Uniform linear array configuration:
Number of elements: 64
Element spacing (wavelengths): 0.5
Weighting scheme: blackman
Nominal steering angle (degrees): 0
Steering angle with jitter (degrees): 1.902
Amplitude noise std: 0.05
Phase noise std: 0.05

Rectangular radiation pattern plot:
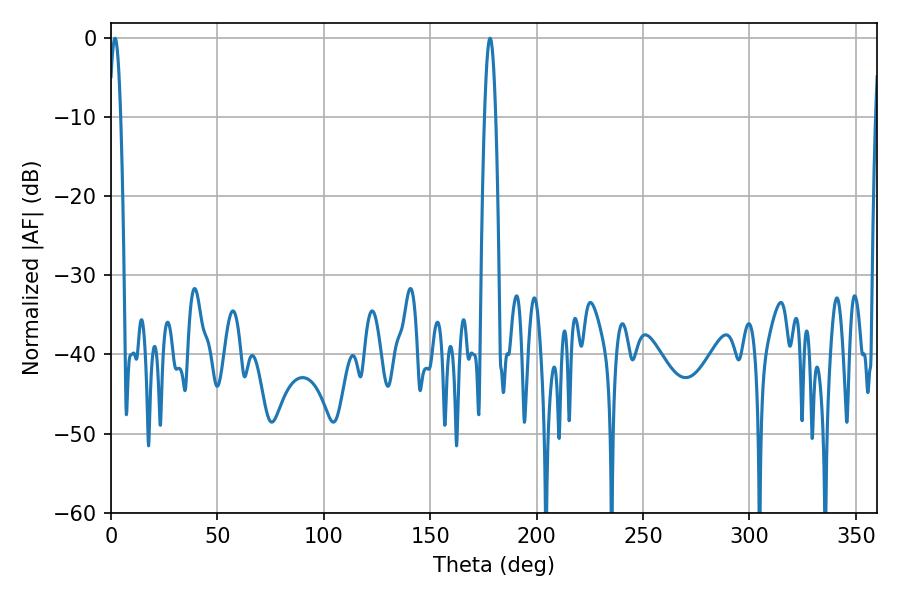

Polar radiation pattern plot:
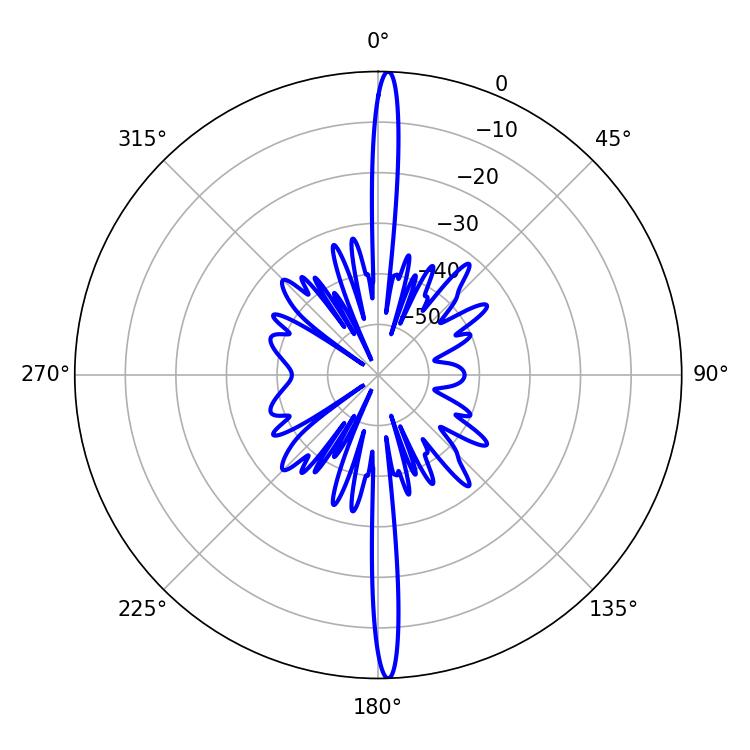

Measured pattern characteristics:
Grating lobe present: FALSE
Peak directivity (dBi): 27.485
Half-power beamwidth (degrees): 2.7
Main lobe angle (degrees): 1.8